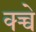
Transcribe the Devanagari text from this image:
क्च्चे